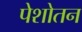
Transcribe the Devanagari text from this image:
पेशोतन